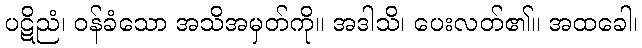
ပဋိညံ၊ ဝန်ခံသော အသိအမှတ်ကို။ အဒါသိ၊ ပေးလတ်၏။ အထခေါ၊